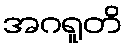
အဂရူတိ